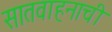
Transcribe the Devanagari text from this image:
सातवाहनाची